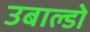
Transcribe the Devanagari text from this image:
उबाल्डो